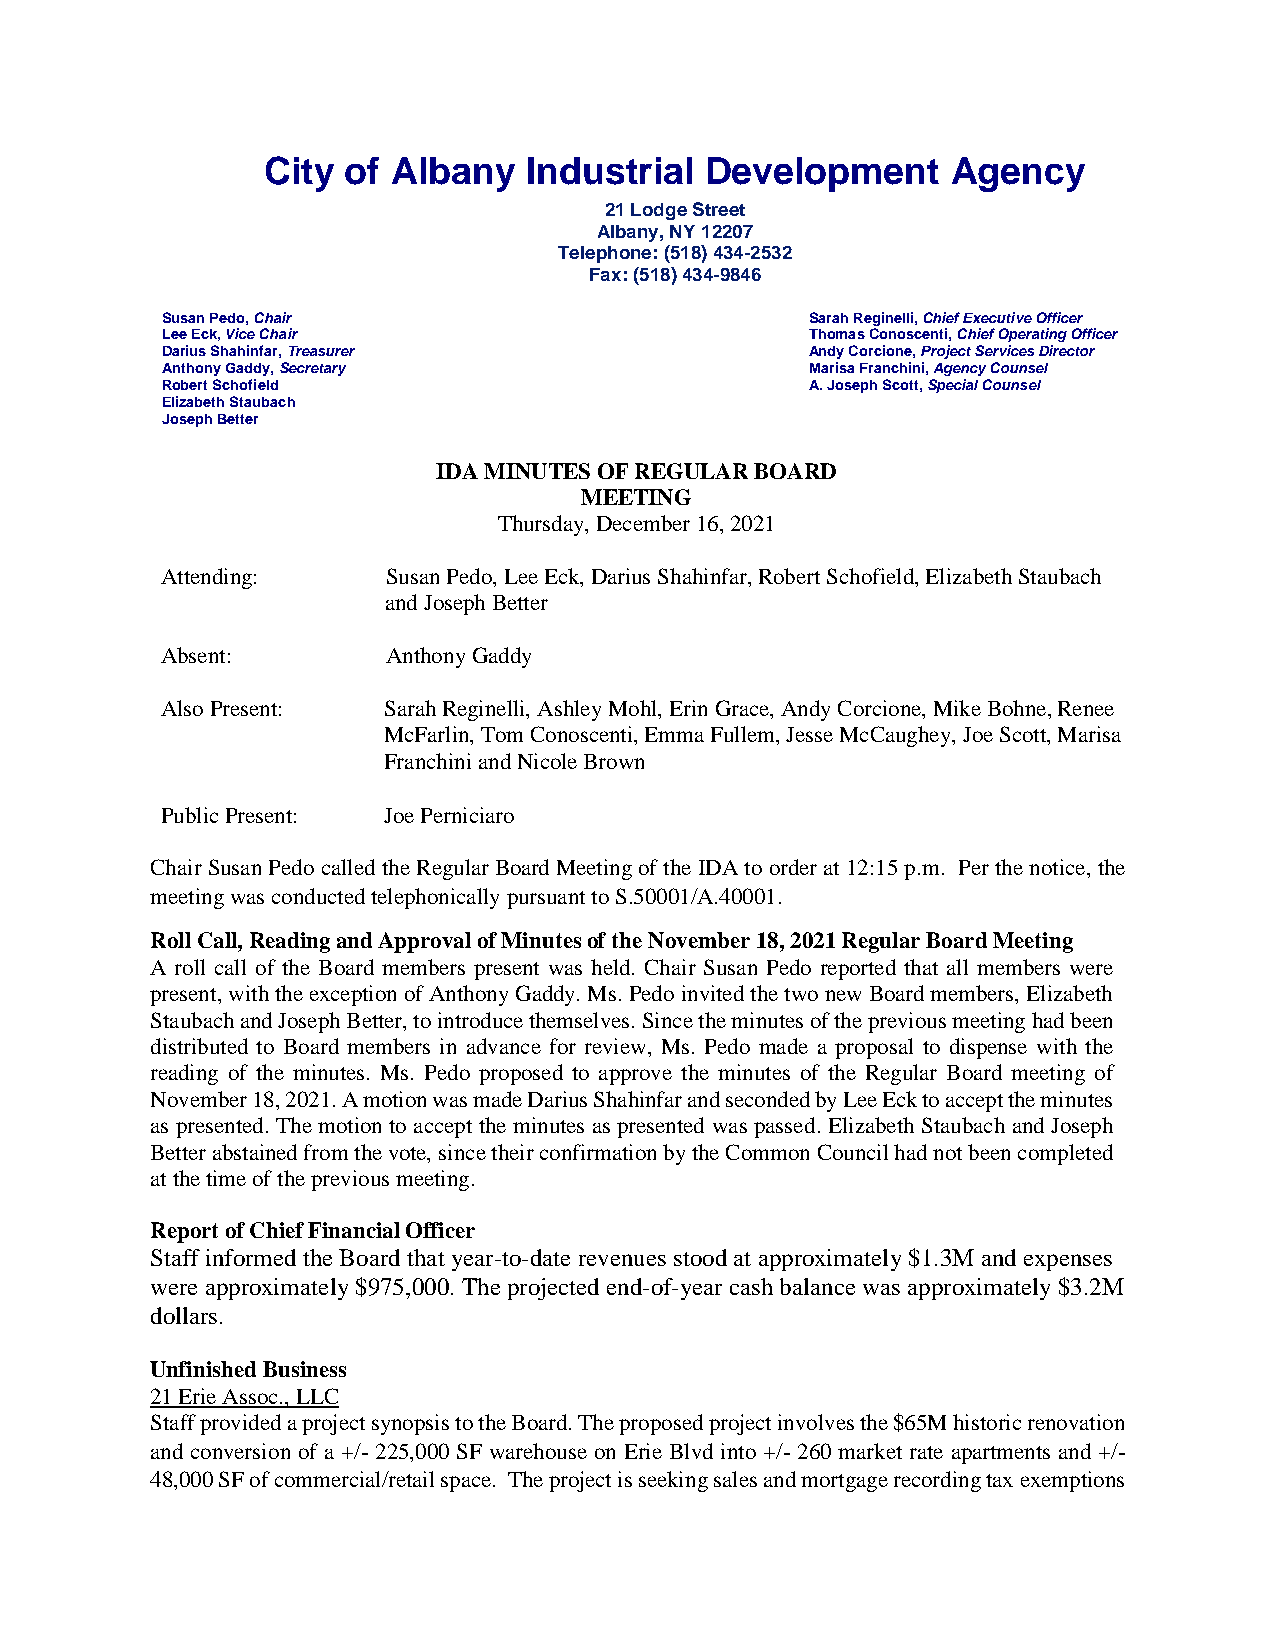
City  of Albany   Industrial  Development     Agency
 21 Lodge Street
 Albany, NY 12207
 Telephone: (518) 434-2532
 Fax: (518) 434-9846
 Susan Pedo, Chair                          Sarah Reginelli, Chief Executive Officer
 Lee Eck, Vice Chair                        Thomas Conoscenti, Chief Operating Officer
 Darius Shahinfar, Treasurer                Andy Corcione, Project Services Director
 Anthony Gaddy, Secretary                   Marisa Franchini, Agency Counsel
 Robert Schofield                           A. Joseph Scott, Special Counsel
 Elizabeth Staubach
 Joseph Better
 IDA MINUTES OF REGULAR BOARD
 MEETING
 Thursday, December 16, 2021
 Attending:     Susan Pedo, Lee Eck, Darius Shahinfar, Robert Schofield, Elizabeth Staubach
 and Joseph Better
 Absent:        Anthony Gaddy
 Also Present: Sarah Reginelli, Ashley Mohl, Erin Grace, Andy Corcione, Mike Bohne, Renee
 McFarlin, Tom Conoscenti, Emma Fullem, Jesse McCaughey, Joe Scott, Marisa
 Franchini and Nicole Brown
 Public Present: Joe Perniciaro
 Chair Susan Pedo called the Regular Board Meeting of the IDA to order at 12:15 p.m. Per the notice, the
 meeting was conducted telephonically pursuant to S.50001/A.40001.
 Roll Call, Reading and Approval of Minutes of the November 18, 2021 Regular Board Meeting
 A roll call of the Board members present was held. Chair Susan Pedo reported that all members were
 present, with the exception of Anthony Gaddy. Ms. Pedo invited the two new Board members, Elizabeth
 Staubach and Joseph Better, to introduce themselves. Since the minutes of the previous meeting had been
 distributed to Board members in advance for review, Ms. Pedo made a proposal to dispense with the
 reading of the minutes. Ms. Pedo proposed to approve the minutes of the Regular Board meeting of
 November 18, 2021. A motion was made Darius Shahinfar and seconded by Lee Eck to accept the minutes
 as presented. The motion to accept the minutes as presented was passed. Elizabeth Staubach and Joseph
 Better abstained from the vote, since their confirmation by the Common Council had not been completed
 at the time of the previous meeting.
 Report of Chief Financial Officer
 Staff informed the Board that year-to-date revenues stood at approximately $1.3M and expenses
 were approximately $975,000. The projected end-of-year cash balance was approximately $3.2M
 dollars.
 Unfinished Business
 21 Erie Assoc., LLC
 Staff provided a project synopsis to the Board. The proposed project involves the $65M historic renovation
 and conversion of a +/- 225,000 SF warehouse on Erie Blvd into +/- 260 market rate apartments and +/-
 48,000 SF of commercial/retail space. The project is seeking sales and mortgage recording tax exemptions